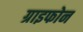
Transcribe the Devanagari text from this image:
ग्राइफोन